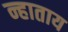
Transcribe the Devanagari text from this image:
न्हाताय